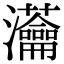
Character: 𤅢